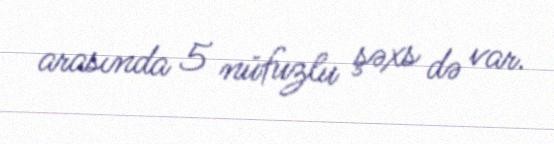
arasında 5 nüfuzlu şəxs də var.